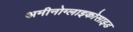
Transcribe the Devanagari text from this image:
अमीनोग्लाइकोसाइड